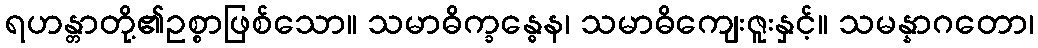
ရဟန္တာတို့၏ဥစ္စာဖြစ်သော။ သမာဓိက္ခန္ဓေန၊ သမာဓိကျေးဇူးနှင့်။ သမန္နာဂတော၊